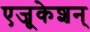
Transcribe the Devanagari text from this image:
एजूकेशन्